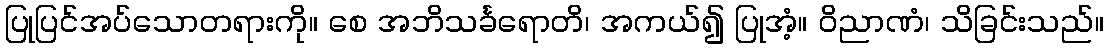
ပြုပြင်အပ်သောတရားကို။ စေ အဘိသင်္ခရောတိ၊ အကယ်၍ ပြုအံ့။ ဝိညာဏံ၊ သိခြင်းသည်။